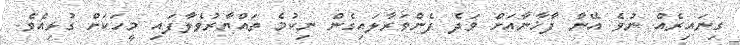
ގިނައިރެއް ނުވެ އޭނާ ފާޚާނާއަށް ވަދެ ފެންވަރާލައިގެން ނިކުމެ ތައްޔާރުވެލާފައި މީހަކަށް ގުޅިއެވެ.